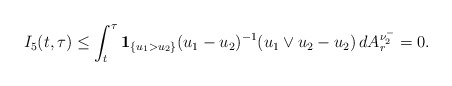
\begin{align*}I_{5}(t, \tau)\le \int_{t}^{\tau}\mathbf{1}_{\{u_{1}>u_{2}\}}(u_{1}-u_{2})^{-1}(u_{1}\vee u_{2}-u_{2})\,dA_{r}^{\nu_{2}^{-}}=0.\end{align*}